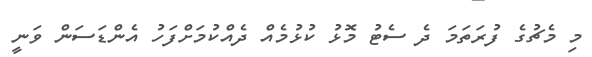
މި މެޗުގެ ފުރަތަމަ ދެ ސެޓު މޮޅު ކުޅުމެއް ދެއްކުމަށްފަހު އެންޑަސަން ވަނީ